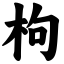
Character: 枸